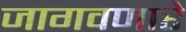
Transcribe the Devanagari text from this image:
जागवणारे